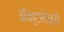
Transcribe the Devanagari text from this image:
ॲक्टमेध्ये